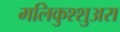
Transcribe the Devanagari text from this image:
मलिकुश्शुअरा